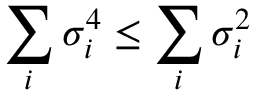
\sum _ { i } \sigma _ { i } ^ { 4 } \le \sum _ { i } \sigma _ { i } ^ { 2 }